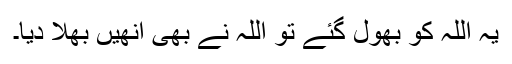
یہ اللہ کو بھول گئے تو اللہ نے بھی اِنھیں بھلا دیا۔